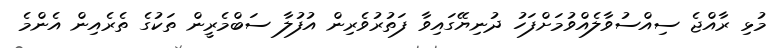
މުޅި ރާއްޖެ ސިއްސުވާލެއްވުމަށްފަހު ދުނިޔޭގައިވާ ފަތުރުވެރިން އުފުލާ ސަބްމެރީން ތަކުގެ ތެރެއިން އެންމެ